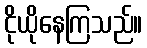
ငိုယိုနေကြသည်။